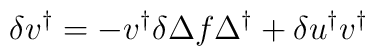
\delta v^\dagger = - v^\dagger \delta \Delta f \Delta^\dagger + \delta  u^\dagger v^\dagger